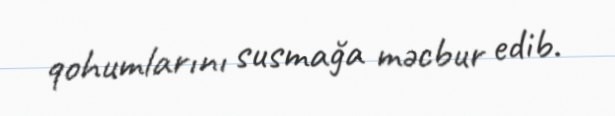
qohumlarını susmağa məcbur edib.